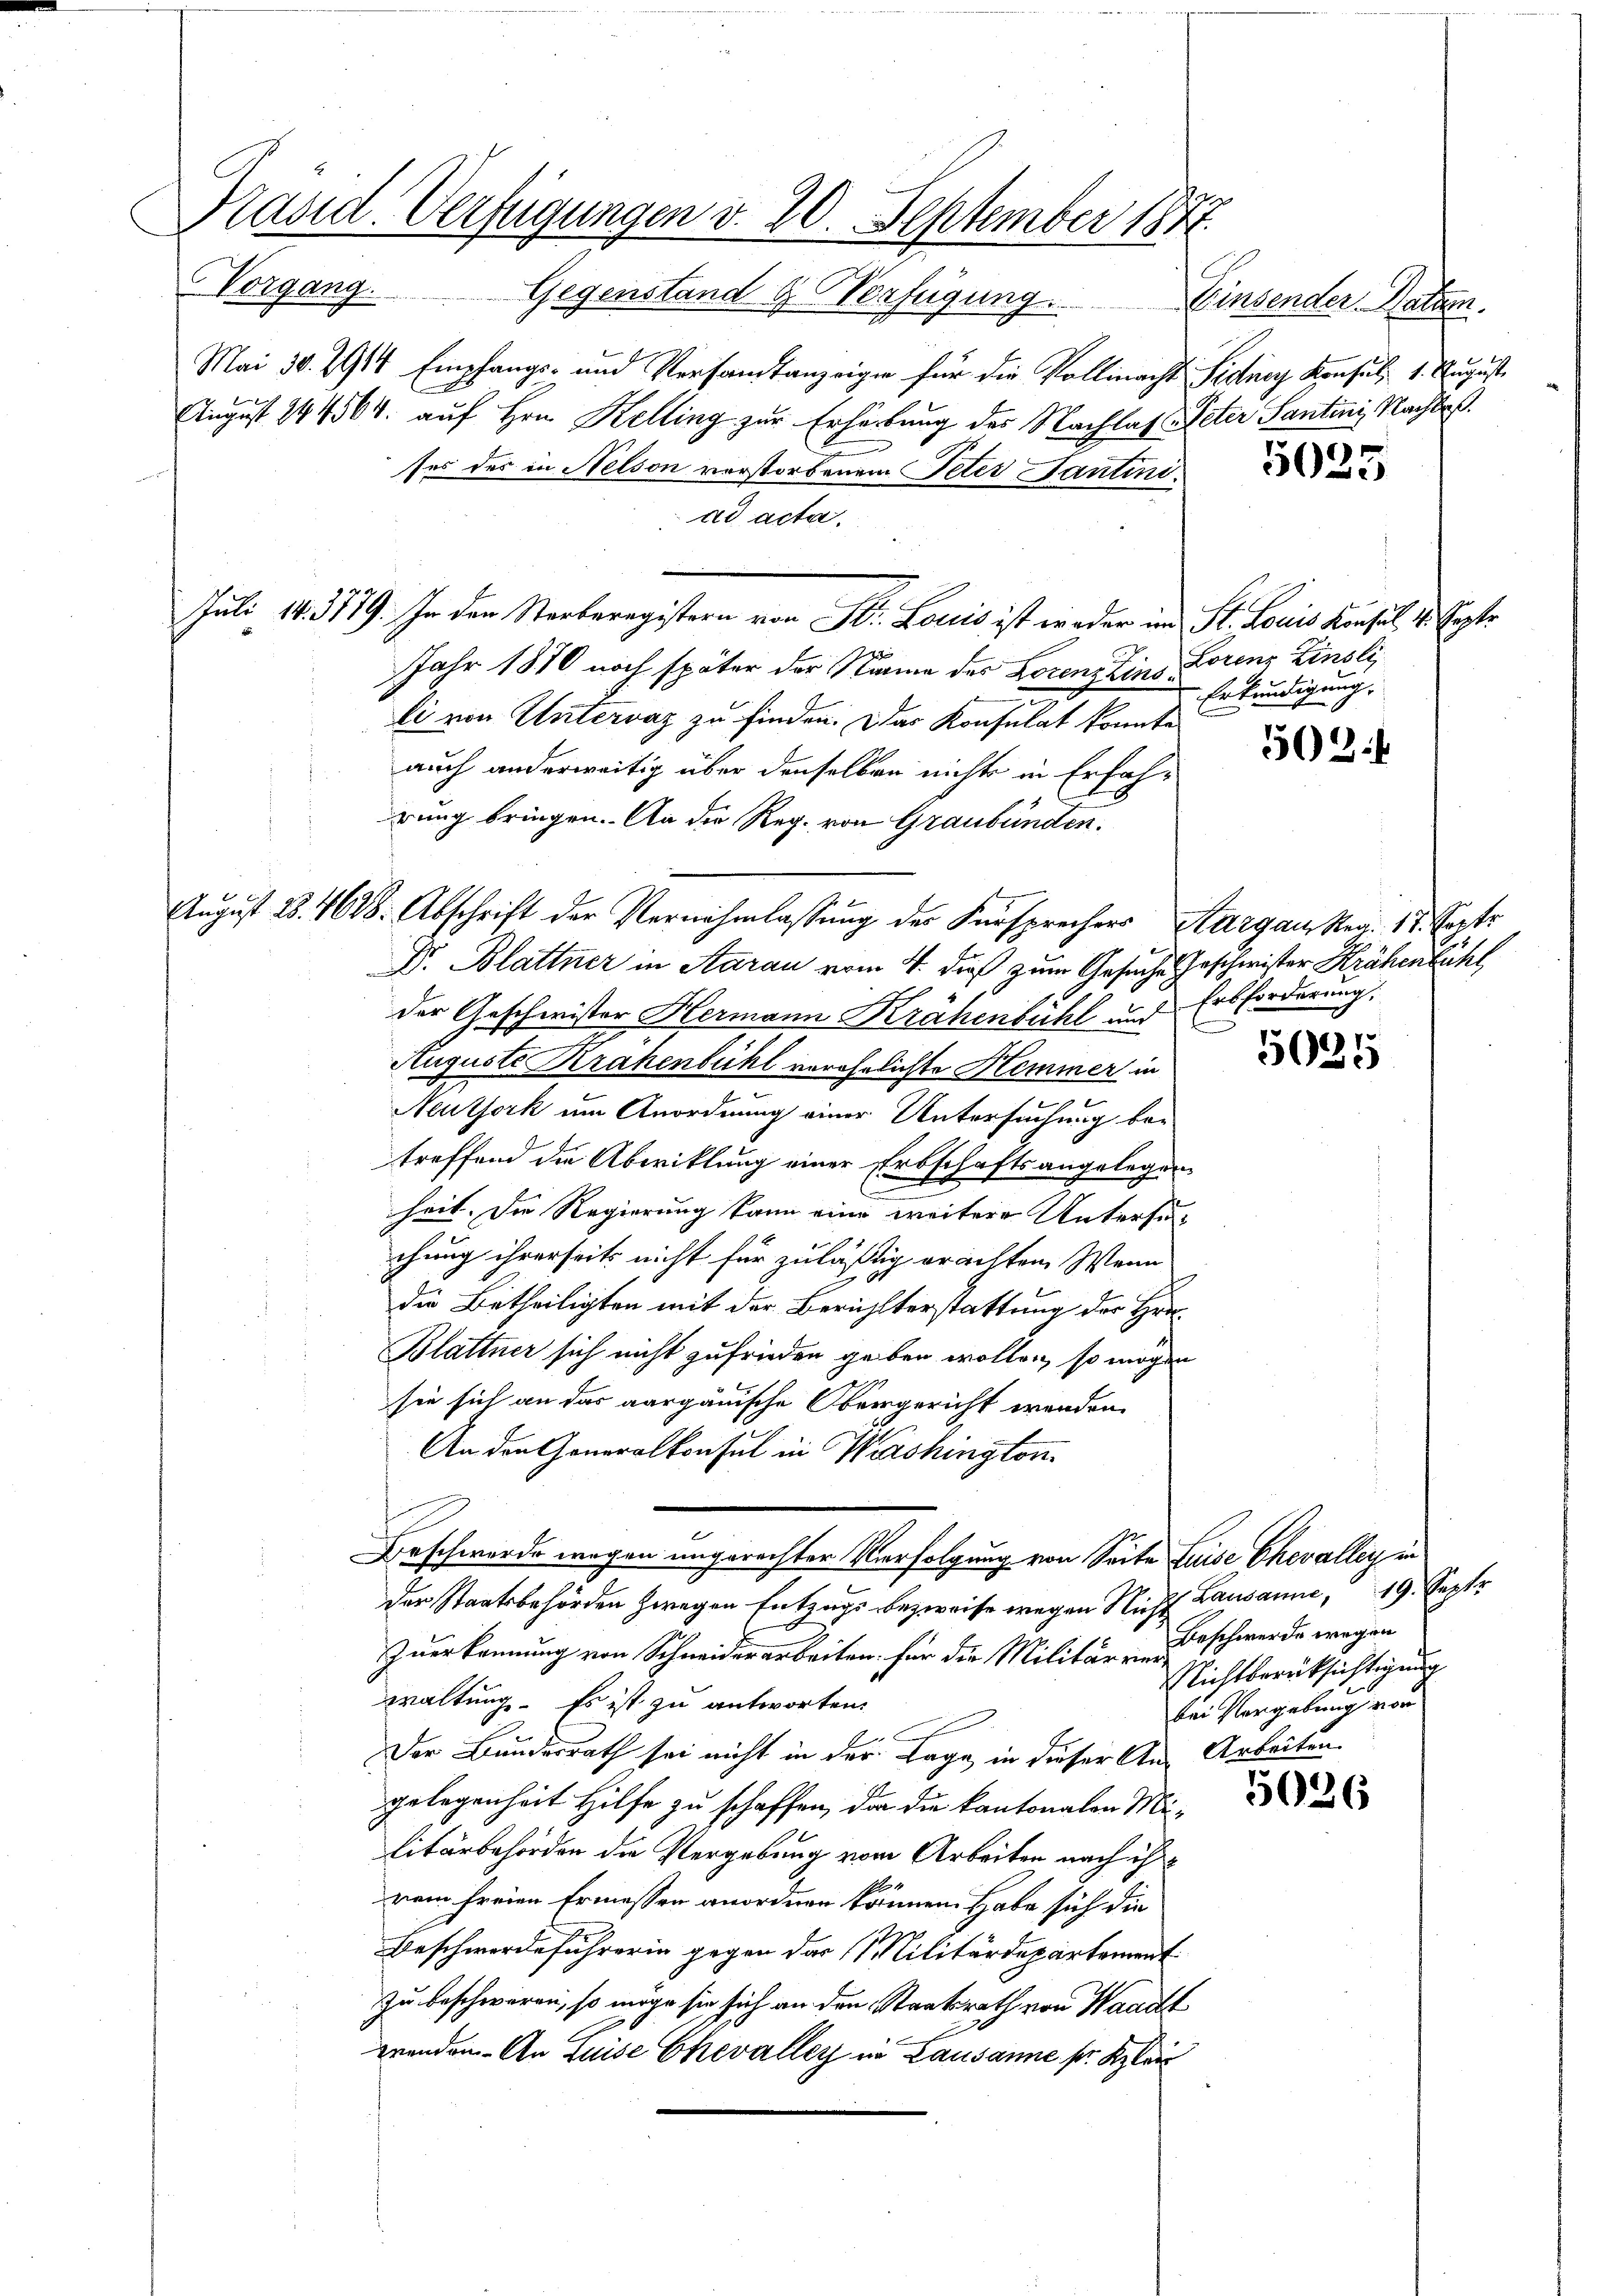
Präsid. Verfügungen d. 20. September 1877.

VVorgang. Gegenstand & Verfügung.
Mai 30. 1914 Empfangs- und Versamstanzeigen für die Vollmacht Sidney Konsul 1. August
August 144564. auf Hrn. Kelling zur Erherbung des Nachlass Peter Santini Nachtes.
ses des in Nelson verstorbenem Peter Tantiniad acta.
Juli 183779. In den Sterberegistern von St. Louis ist weder im St. Louis Konsul, 4 Septe
Jahr 1810 noch später der Name des Lorenz Zins Lorenz Zinsli
li von Untervaz zu finden. Das Konsulat konnte
auch anderweitig über denselben nichts in Erfahrung bringen. An die Reg. von Graubünden.
August 28. 7628. Abschrift der Vernehmlassung der Fürsprechers Aargau, Reg. 17. Sept.
Dr. Blattner in Aarau vom 4. dieß zum Gesuche Geschwister Krähenbühl,
der Geschwister Hermann Krähenbühl und
Auguste Krahenbühl vorehelichte Hemmer in
Neuthork um Anordnung einer Untersuchung betreffend die Abwicklung einer Erbschaftsangelegen-
heit. Die Regierung kann eine weitere Untersuchung ihrerseits nicht für zuläßig erachten Wenn
die Betheiligten mit der Berichtterstattung der Hrn.
Blattner sich nicht zufrieden geben wollen, so mögen
sie sich an das aargauische Obergericht werden.
An den Generalkonsul in Washington
Beschwerde wegen ungerechter Verfolgung von Seite Luise Chevalley in
der Staatsbehörden zwegen Entzugs bezweife wegen Nicht
zuerkennung von Schneiderarbeiten, für die Militärverwaltung. Es ist zu antworten.
x
Der Bundesrath sei nicht in der Lage in dieser Aus Arbeiten
gelegenheit Hilfe zu schaffen, da die kantonalen Militärbehörden die Vergebung vom Arbeiten nach ihrnem freien Ermessen anordnen können. Habe sich die
Beschwerdeführerin gegen das Militärdepartement
zu beschworen, so möge sie sich an den Staatsrath von Waadt
wenden. An Luise Chevalley im Lausanne sr. Klei¬

Einsender Natur.

5025

Erkundigung.

502.

Erbforderung,
b

5025

5626

Lausanne, 19. Sept
Beschwerde wegen
Nichtberücksichtigung
bei Vergebung vor